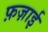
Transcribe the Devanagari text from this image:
फ़ज़ाई